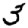
Digit: 3